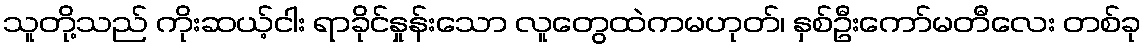
သူတို့သည် ကိုးဆယ့်ငါး ရာခိုင်နှုန်းသော လူတွေထဲကမဟုတ်၊ နှစ်ဦးကော်မတီလေး တစ်ခု